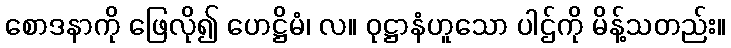
စောဒနာကို ဖြေလို၍ ဟေဋ္ဌိမံ၊ လ။ ဝုဋ္ဌာနံဟူသော ပါဌ်ကို မိန့်သတည်း။